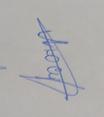
Signature authenticity: genuine